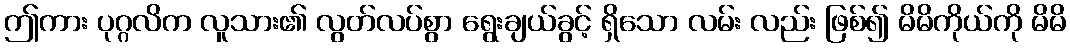
ဤကား ပုဂ္ဂလိက လူသား၏ လွတ်လပ်စွာ ရွေးချယ်ခွင့် ရှိသော လမ်း လည်း ဖြစ်၍ မိမိကိုယ်ကို မိမိ